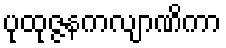
ပုထုဇ္ဇနကလျာဏိကာ